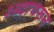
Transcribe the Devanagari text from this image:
श्ब्दावरून